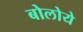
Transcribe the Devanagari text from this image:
बोलोये